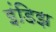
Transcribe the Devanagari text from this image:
इंडिझ